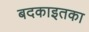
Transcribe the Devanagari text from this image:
बदकाइतका